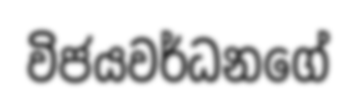
විජයවර්ධනගේ